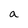
Character: a